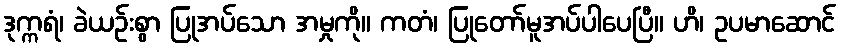
ဒုက္ကရံ၊ ခဲယဉ်းစွာ ပြုအပ်သော အမှုကို။ ကတံ၊ ပြုတော်မူအပ်ပါပေပြီ။ ဟိ၊ ဥပမာဆောင်